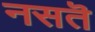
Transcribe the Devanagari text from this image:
नसतॆ